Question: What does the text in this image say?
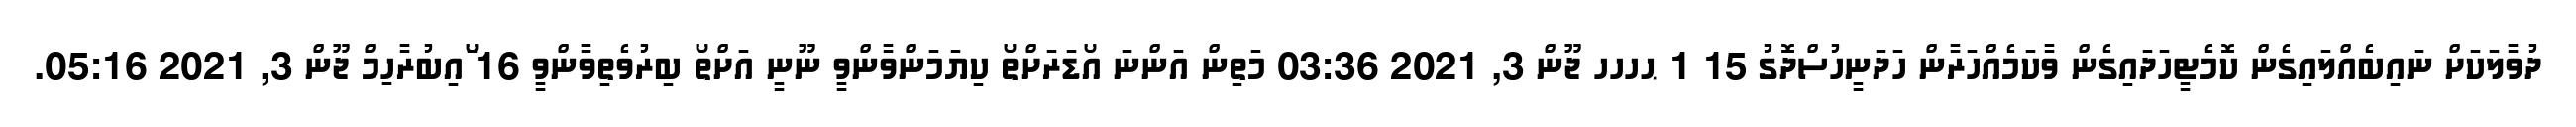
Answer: ދުވާލަކަށް ނައިބެއްލައިގެން ކޮމެޓީހަދައިގެން ވާކަމެއްހަރާން ހަދަނީހުސްދޮގު 15 1 ޙހހހ ޖޫން 3, 2021 03:36 މަތިން އަންނަ އޯޑަރަށްތޯ ކިޔަމަންވާންވީ ނޫނީ އަށްތޯ ބިރުވެތިވާންވީ 16 ޯައިބުރާހިމް ޖޫން 3, 2021 05:16.